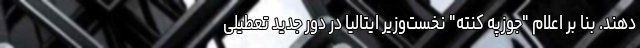
دهند. بنا بر اعلام "جوزپه کنته" نخست‌وزیر ایتالیا در دور جدید تعطیلی